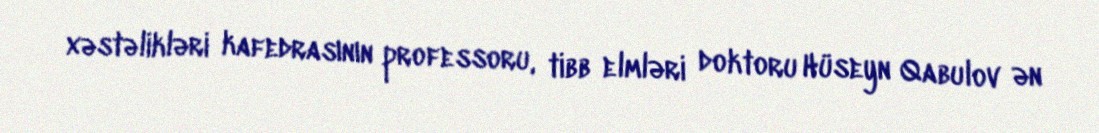
xəstəlikləri kafedrasının professoru, tibb elmləri doktoru Hüseyn Qabulov ən